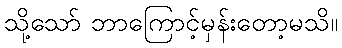
သို့သော် ဘာကြောင့်မှန်းတော့မသိ။